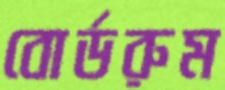
বোর্ডরুম